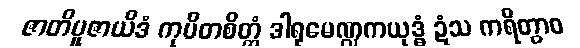
ဇာတိပူဇာယိဒံ ကုပိတစိတ္တံ ဒါရုမေဏ္ဍကယုဒ္ဓံ ဍံသ ကရိတွာဝ